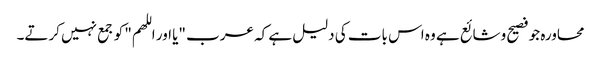
محاورہ جو فصیح وشائع ہے وہ اس بات کی دلیل ہے کہ عرب "یا اور اللھم" کو جمع نہیں کرتے۔